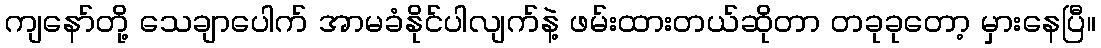
ကျနော်တို့ သေချာပေါက် အာမခံနိုင်ပါလျက်နဲ့ ဖမ်းထားတယ်ဆိုတာ တခုခုတော့ မှားနေပြီ။